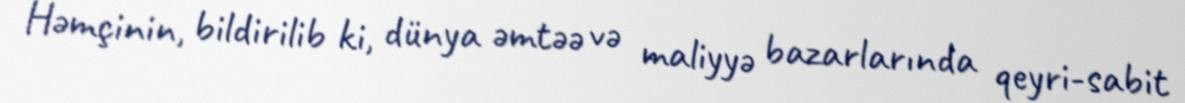
Həmçinin, bildirilib ki, dünya əmtəə və maliyyə bazarlarında qeyri-sabit